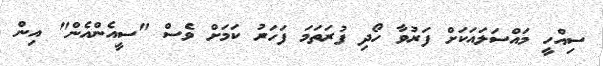
ސިއްހީ މައްސަލައަކަށް ފަރުވާ ހޯދި ފުރަތަމަ ފަހަރު ކަމަށް ވެސް "ސީއެންއެން" އިން